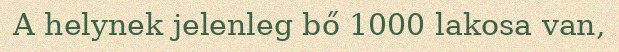
A helynek jelenleg bő 1000 lakosa van,